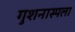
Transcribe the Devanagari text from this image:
गुशनास्पला